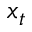
x _ { t }